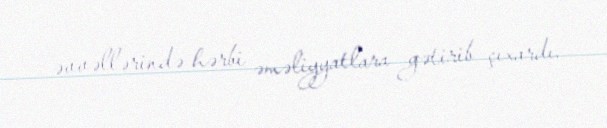
əvvəllərində hərbi əməliyyatlara gətirib çıxardı.